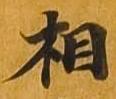
相